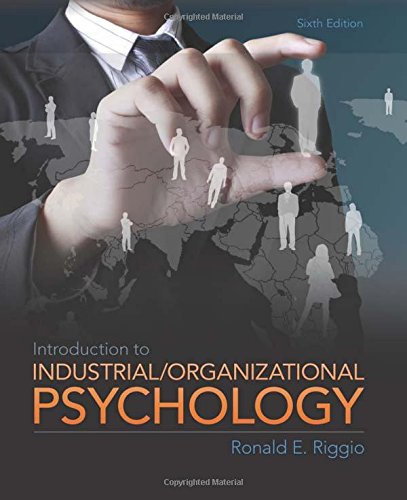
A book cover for Introduction to Industrial and Organizational Psychology, 6th Edition; Ron Riggio; Medical Books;